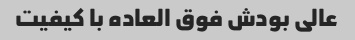
عالی بودش فوق العاده با کیفیت